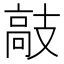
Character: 𫾣